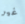
غير